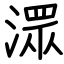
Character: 潀